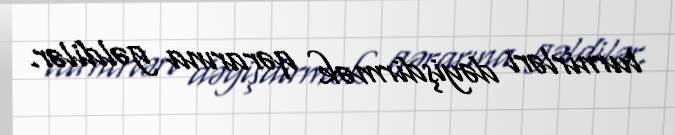
turnirləri dəyişdirmək qərarına gəldilər.